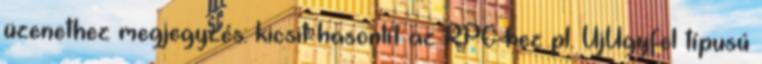
üzenethez megjegyzés: kicsit hasonlít az RPC-hez pl. UjUgyfel típusú